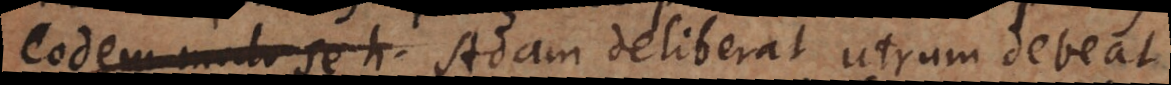
eodem modo se h Adam deliberat utrum debeat